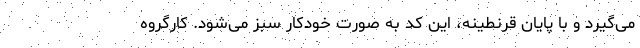
می‌گیرد و با پایان قرنطینه، این کد به صورت خودکار سبز می‌شود. کارگروه